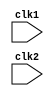
`timescale 1ns / 1ps
//////////////////////////////////////////////////////////////////////////////////
// Company: 
// Engineer: 
// 
// Design Name: 
// Module Name: pipe_mips32
// Project Name: 
// Target Devices: 
// Tool Versions: 
// Description: 
// 
// Dependencies: 
// 
// Revision:
// Revision 0.01 - File Created
// Additional Comments:
// 
//////////////////////////////////////////////////////////////////////////////////

module pipe_MIPS32 (clk1, clk2);
input clk1, clk2; // Two-phase clock
reg [31:0] PC, IF_ID_IR, IF_ID_NPC;
reg [31:0] ID_EX_IR, ID_EX_NPC, ID_EX_A, ID_EX_B, ID_EX_Imm;
reg [2:0] ID_EX_type, EX_MEM_type, MEM_WB_type;
reg [31:0] EX_MEM_IR, EX_MEM_ALUOut, EX_MEM_B;
reg EX_MEM_cond;
reg [31:0] MEM_WB_IR, MEM_WB_ALUOut, MEM_WB_LMD;
reg [31:0] Reg [0:31]; // Register bank (32 x 32)
reg [31:0] Mem [0:1023]; // 1024 x 32 memory
parameter ADD=6'b000000, SUB=6'b000001, AND=6'b000010, OR=6'b000011,
SLT=6'b000100, MUL=6'b000101, HLT=6'b111111, LW=6'b001000,
SW=6'b001001, ADDI=6'b001010, SUBI=6'b001011,SLTI=6'b001100,
BNEQZ=6'b001101, BEQZ=6'b001110;

parameter RR_ALU=3'b000, RM_ALU=3'b001, LOAD=3'b010, STORE=3'b011,
BRANCH=3'b100, HALT=3'b101;
reg HALTED;
// Set after HLT instruction is completed (in WB stage)
reg TAKEN_BRANCH;
// Required to disable instructions after branch

always @(posedge clk1) // IF Stage
if (HALTED == 0)
begin
if (((EX_MEM_IR[31:26] == BEQZ) && (EX_MEM_cond == 1)) ||
((EX_MEM_IR[31:26] == BNEQZ) && (EX_MEM_cond == 0)))
begin
IF_ID_IR <= #2 Mem[EX_MEM_ALUOut];
TAKEN_BRANCH <= #2 1'b1;
IF_ID_NPC <= #2 EX_MEM_ALUOut + 1;
PC <= #2 EX_MEM_ALUOut + 1;
end
else
begin
IF_ID_IR <= #2 Mem[PC];
IF_ID_NPC <= #2 PC + 1;
PC <= #2 PC + 1;
end
end

always @(posedge clk2) // ID Stage
if (HALTED == 0)
begin
if (IF_ID_IR[25:21] == 5'b00000) ID_EX_A <= 0;
else ID_EX_A <= #2 Reg[IF_ID_IR[25:21]]; // "rs"
if (IF_ID_IR[20:16] == 5'b00000) ID_EX_B <= 0;
else ID_EX_B <= #2 Reg[IF_ID_IR[20:16]]; // "rt"
ID_EX_NPC <= #2 IF_ID_NPC;
ID_EX_IR <= #2 IF_ID_IR;
ID_EX_Imm <= #2 {{16{IF_ID_IR[15]}}, {IF_ID_IR[15:0]}};
case (IF_ID_IR[31:26])
ADD,SUB,AND,OR,SLT,MUL: ID_EX_type <= #2 RR_ALU;
ADDI,SUBI,SLTI: ID_EX_type <= #2 RM_ALU;
LW: ID_EX_type <= #2 LOAD;
SW: ID_EX_type <= #2 STORE;
BNEQZ,BEQZ: ID_EX_type <= #2 BRANCH;
HLT: ID_EX_type <= #2 HALT;
default: ID_EX_type <= #2 HALT;
// Invalid opcode
endcase
end

always @(posedge clk1) // EX Stage
if (HALTED == 0)
begin
EX_MEM_type <= #2 ID_EX_type;
EX_MEM_IR <= #2 ID_EX_IR;
TAKEN_BRANCH <= #2 0;
case (ID_EX_type)
RR_ALU: begin
case (ID_EX_IR[31:26]) // "opcode"
ADD: EX_MEM_ALUOut <= #2 ID_EX_A + ID_EX_B;
SUB: EX_MEM_ALUOut <= #2 ID_EX_A - ID_EX_B;
AND: EX_MEM_ALUOut <= #2 ID_EX_A & ID_EX_B;
OR: EX_MEM_ALUOut <= #2 ID_EX_A | ID_EX_B;
SLT: EX_MEM_ALUOut <= #2 ID_EX_A < ID_EX_B;
MUL: EX_MEM_ALUOut <= #2 ID_EX_A * ID_EX_B;
default: EX_MEM_ALUOut <= #2 32'hxxxxxxxx;
endcase
end
RM_ALU: begin
case (ID_EX_IR[31:26]) // "opcode"
ADDI: EX_MEM_ALUOut <= #2 ID_EX_A + ID_EX_Imm;
SUBI: EX_MEM_ALUOut <= #2 ID_EX_A - ID_EX_Imm;
SLTI: EX_MEM_ALUOut <= #2 ID_EX_A < ID_EX_Imm;
default: EX_MEM_ALUOut <= #2 32'hxxxxxxxx;
endcase
end

LOAD, STORE:
begin
EX_MEM_ALUOut <= #2 ID_EX_A + ID_EX_Imm;
EX_MEM_B <= #2 ID_EX_B;
end
BRANCH: begin
EX_MEM_ALUOut <= #2 ID_EX_NPC + ID_EX_Imm;
EX_MEM_cond <= #2 (ID_EX_A == 0);
end
endcase
end

always @(posedge clk2) // MEM Stage
if (HALTED == 0)
begin
MEM_WB_type <= EX_MEM_type;
MEM_WB_IR <= #2 EX_MEM_IR;
case (EX_MEM_type)
RR_ALU, RM_ALU:
MEM_WB_ALUOut <= #2 EX_MEM_ALUOut;
LOAD: MEM_WB_LMD <= #2 Mem[EX_MEM_ALUOut];
STORE: if (TAKEN_BRANCH == 0) // Disable write
Mem[EX_MEM_ALUOut] <= #2 EX_MEM_B;
endcase
end

always @(posedge clk1) // WB Stage
begin
if (TAKEN_BRANCH == 0) // Disable write if branch taken
case (MEM_WB_type)
RR_ALU: Reg[MEM_WB_IR[15:11]] <= #2 MEM_WB_ALUOut; // "rd"
RM_ALU: Reg[MEM_WB_IR[20:16]] <= #2 MEM_WB_ALUOut; // "rt"
LOAD: Reg[MEM_WB_IR[20:16]] <= #2 MEM_WB_LMD; // "rt"
HALT: HALTED <= #2 1'b1;
endcase
end
endmodule